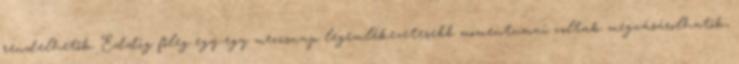
rendelhetők. Eddig főleg egy-egy meccsnap legemlékezetesebb momentumai voltak megvásárolhatók,